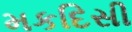
મકદિસી